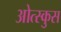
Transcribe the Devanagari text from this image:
ओत्स्कुस